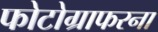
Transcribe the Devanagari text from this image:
फोटोग्राफरना